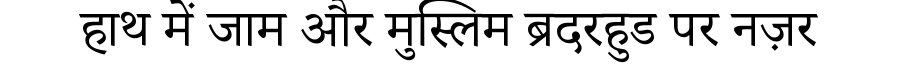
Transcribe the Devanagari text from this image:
हाथ में जाम और मुस्लिम ब्रदरहुड पर नज़र